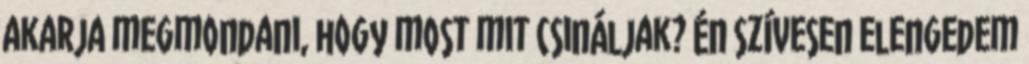
akarja megmondani, hogy most mit csináljak? Én szívesen elengedem